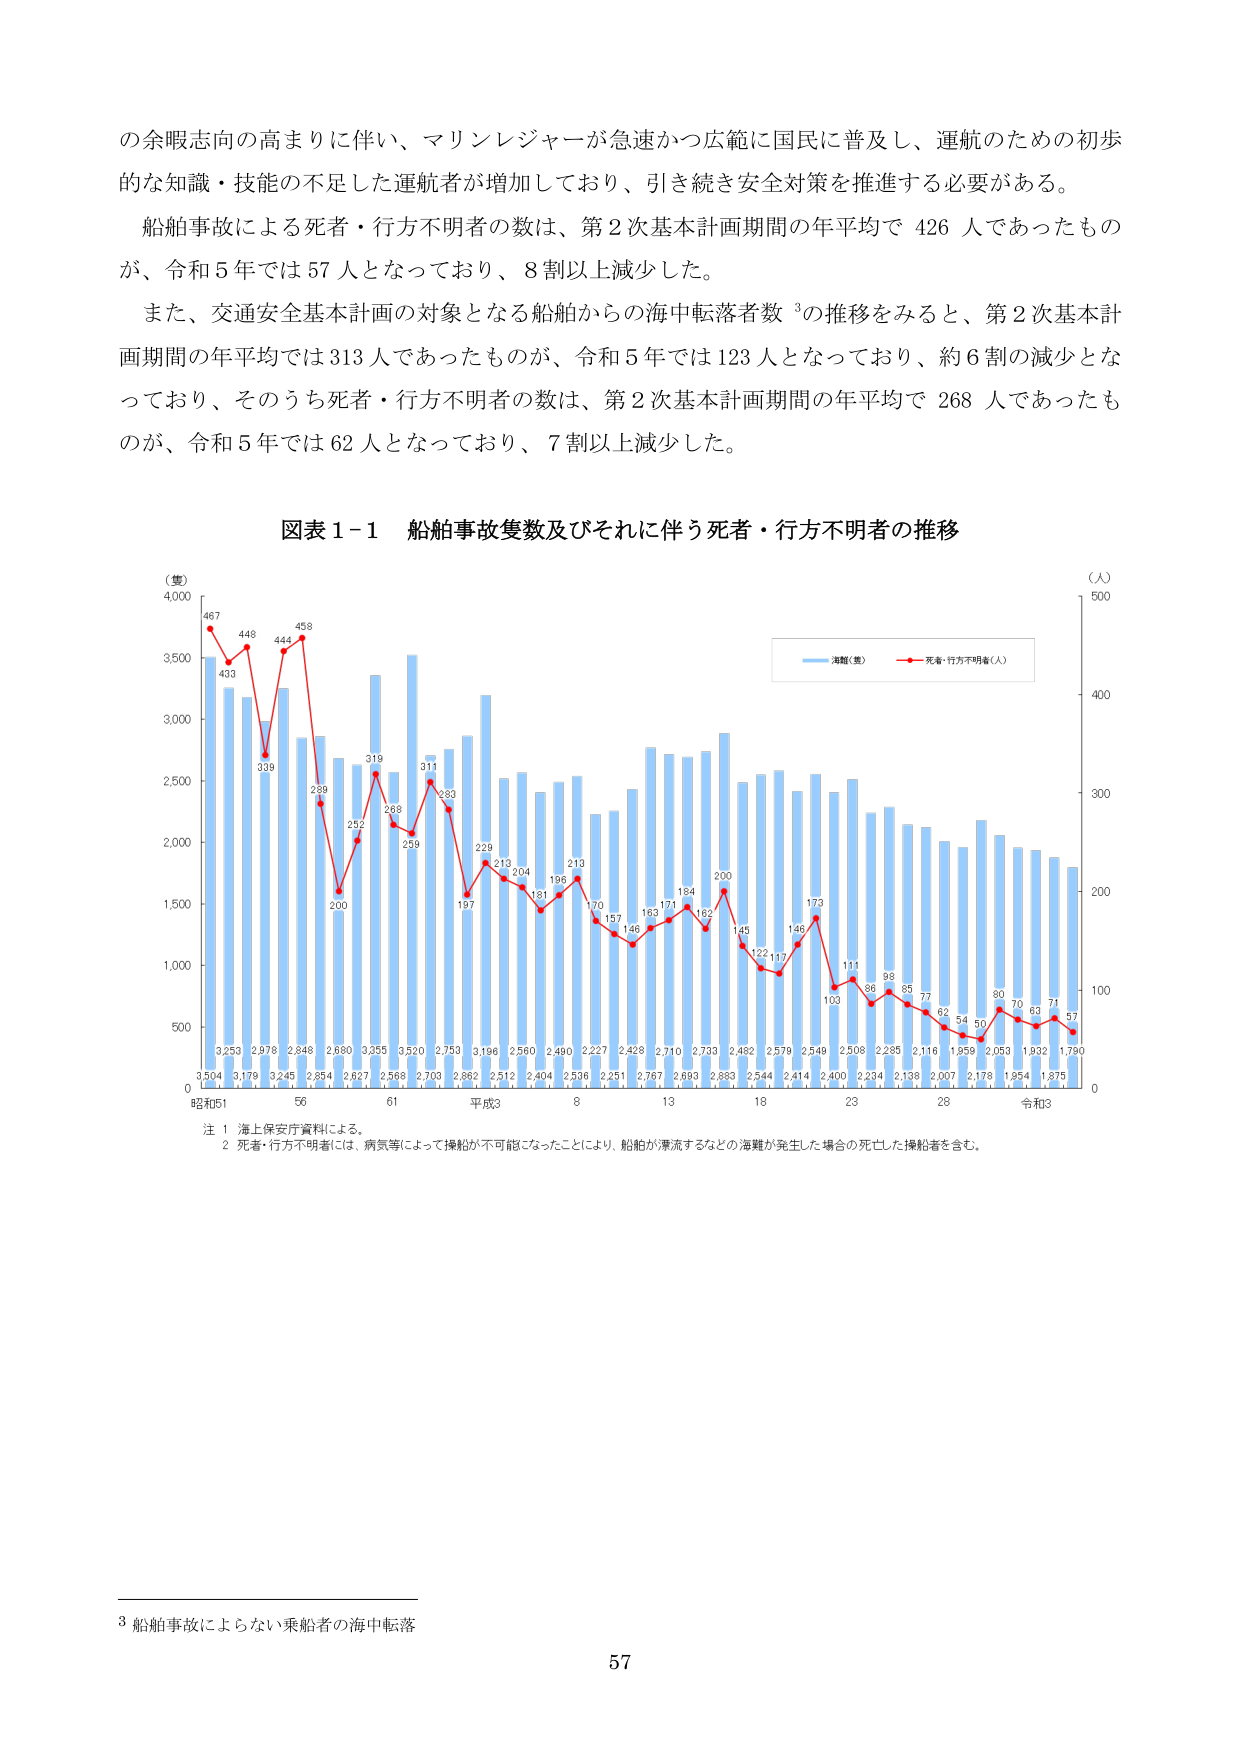
の余暇志向の高まりに伴い、マリンレジャーが急速かつ広範に国民に普及し、運航のための初歩的な知識・技能の不足した運航者が増加しており、引き続き安全対策を推進する必要がある。

船舶事故による死者・行方不明者の数は、第2次基本計画期間の年平均で426人であったものが、令和5年では57人となっており、8割以上減少した。

また、交通安全基本計画の対象となる船舶からの海中転落者数³の推移をみると、第2次基本計画期間の年平均では313人であったものが、令和5年では123人となっており、約6割の減少となっており、そのうち死者・行方不明者の数は、第2次基本計画期間の年平均で268人であったものが、令和5年では62人となっており、7割以上減少した。

図表1-1 船舶事故隻数及びそれに伴う死者・行方不明者の推移

（隻）
4,000
3,500
3,000
2,500
2,000
1,500
1,000
500
0

（人）
500
400
300
200
100
0

海難（隻） 死者・行方不明者（人）

467
433
448
339
444
458
259
200
252
319
268
259
311
283
228
197
213
204
181
196
213
170
157
146
163
171
184
162
200
145
122
117
146
173
103
111
86
98
85
77
62
54
50
80
70
63
71
57

3,253
3,179
3,245
2,848
2,680
3,355
3,520
2,753
3,186
2,560
2,490
2,227
2,428
2,710
2,733
2,482
2,579
2,548
2,508
2,285
2,118
1,959
2,053
1,932
1,875
1,790

3,504
3,179
3,245
2,854
2,627
2,568
2,703
2,862
2,512
2,404
2,536
2,251
2,767
2,693
2,883
2,544
2,414
2,400
2,234
2,138
2,007
2,178
1,954
1,875

昭和51
56
61
平成3
8
13
18
23
28
令和3

注 1 海上保安庁資料による。
2 死者・行方不明者には、病気等によって操船が不可能になったことにより、船舶が漂流するなどの海難が発生した場合の死亡した操船者を含む。

³ 船舶事故によらない乗船者の海中転落

57